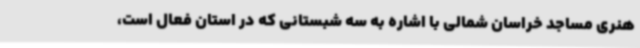
هنری مساجد خراسان شمالی با اشاره به سه شبستانی که در استان فعال است،